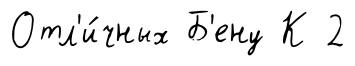
Отл'и́чных Б'ену К 2